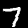
Label: 7